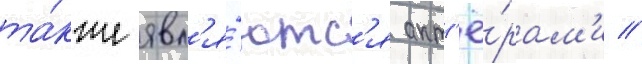
та́кже явл'я́ютс'я акт'ё́рам'и //